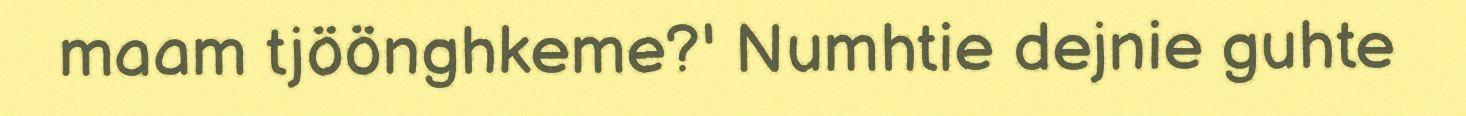
maam tjöönghkeme?' Numhtie dejnie guhte